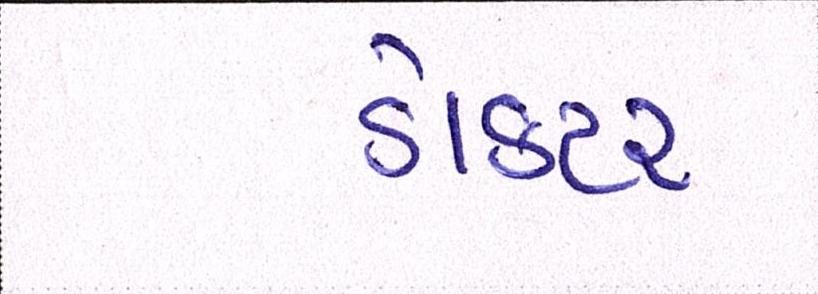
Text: ડોકટર